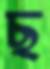
ছ